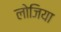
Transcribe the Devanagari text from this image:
लोजिया